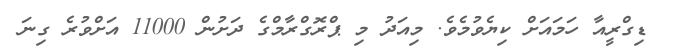
ޑިގްރީއާ ހަމައަށް ކިޔެވުމެވެ. މިއަދު މި ޕްރޮގްރާމްގެ ދަށުން 11000 އަށްވުރެ ގިނަ